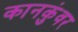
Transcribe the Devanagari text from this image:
कानकुंवर